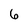
Character: 6